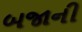
બજાની